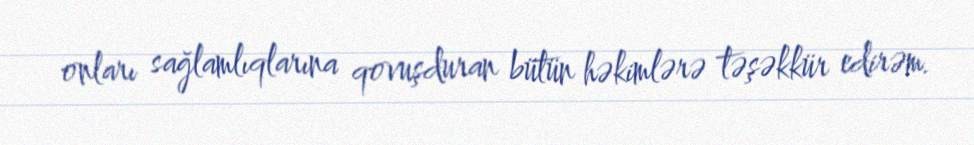
onları sağlamlıqlarına qovuşduran bütün həkimlərə təşəkkür edirəm.